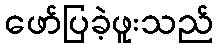
ဖော်ပြခဲ့ဖူးသည်